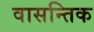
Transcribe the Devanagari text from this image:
वासन्तिक